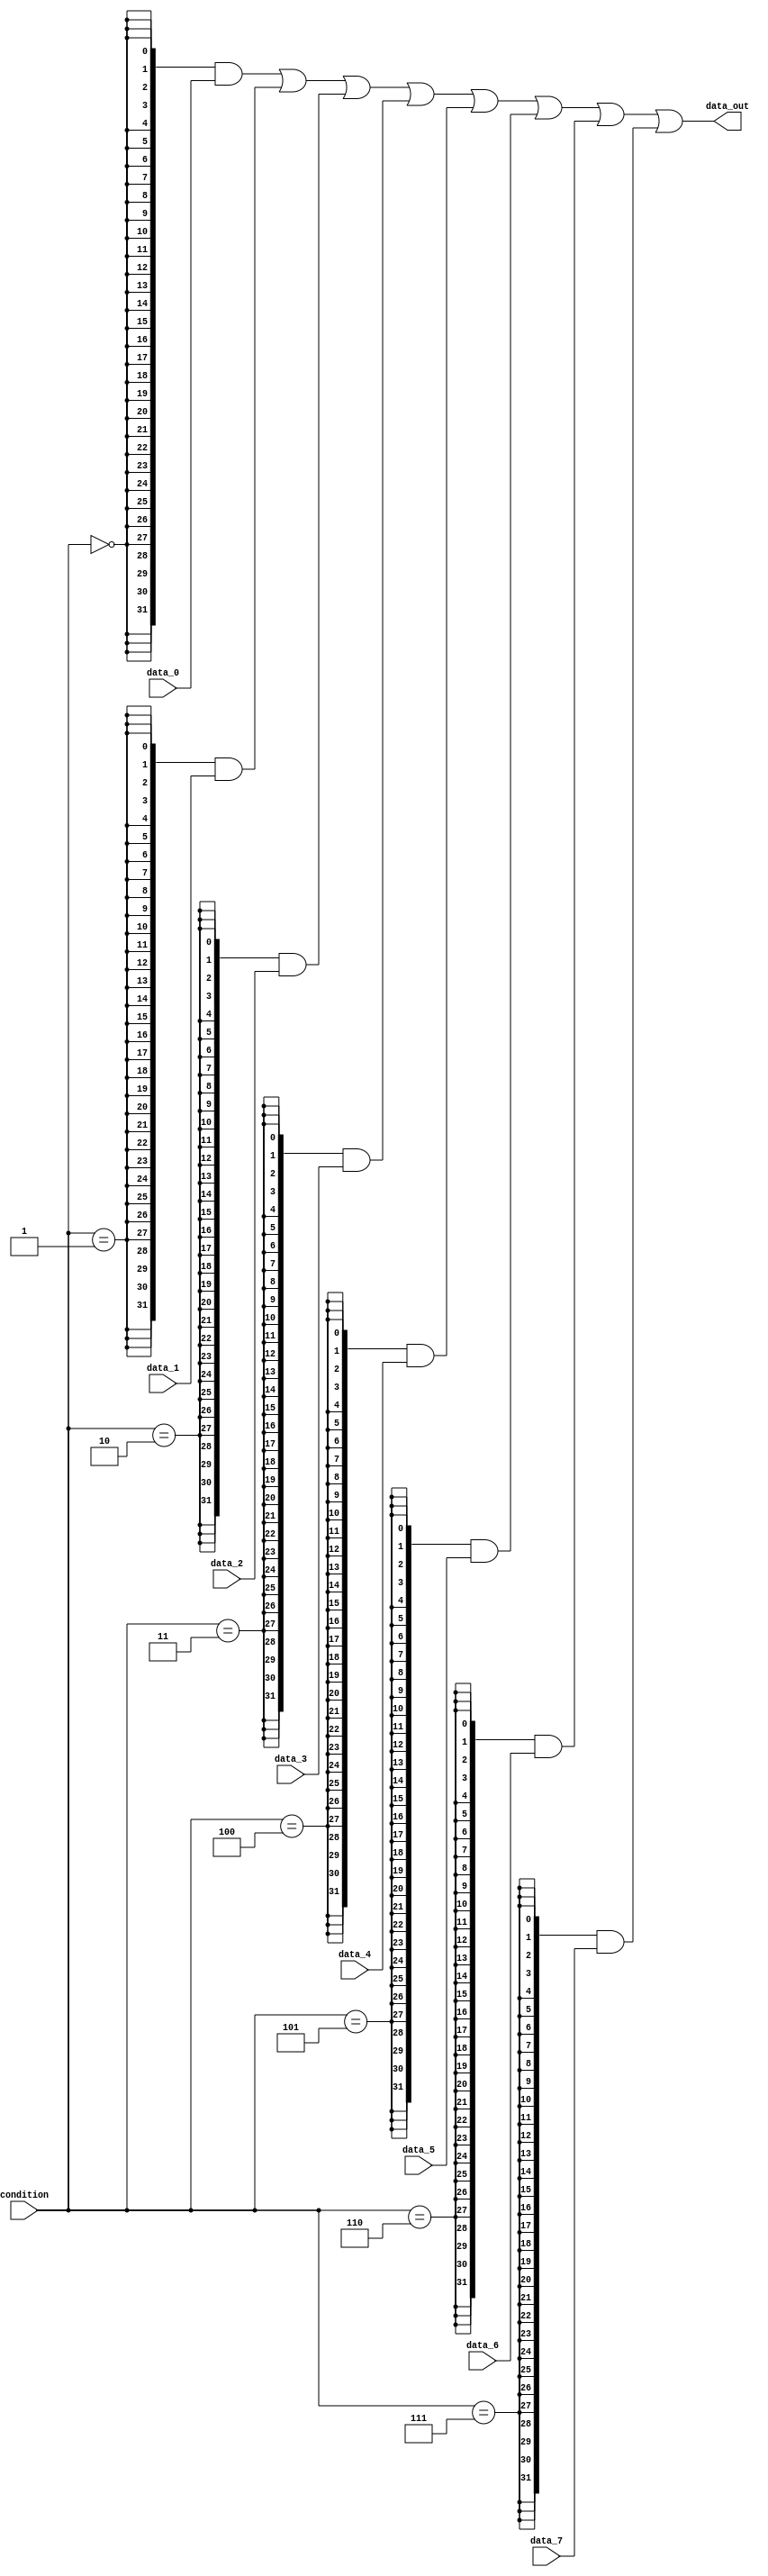
// Project: Eight-channel multiplexer

module mux_8 (data_0, data_1, data_2, data_3,
	data_4, data_5, data_6, data_7, condition, data_out);
	parameter WIDTH = 32;

	input  [WIDTH-1:0] data_0;
	input  [WIDTH-1:0] data_1;
	input  [WIDTH-1:0] data_2;
	input  [WIDTH-1:0] data_3;
	input  [WIDTH-1:0] data_4;
	input  [WIDTH-1:0] data_5;
	input  [WIDTH-1:0] data_6;
	input  [WIDTH-1:0] data_7;
	input  [2:0] condition;
	output [WIDTH-1:0] data_out;

	assign data_out = ({WIDTH{condition==3'd0}} & data_0)
					| ({WIDTH{condition==3'd1}} & data_1)
					| ({WIDTH{condition==3'd2}} & data_2)
					| ({WIDTH{condition==3'd3}} & data_3)
					| ({WIDTH{condition==3'd4}} & data_4)
					| ({WIDTH{condition==3'd5}} & data_5)
					| ({WIDTH{condition==3'd6}} & data_6)
					| ({WIDTH{condition==3'd7}} & data_7);
endmodule